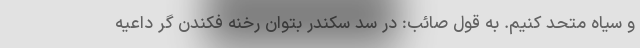
و سیاه متحد کنیم. به قول صائب: در سد سکندر بتوان رخنه فکندن گر داعیه